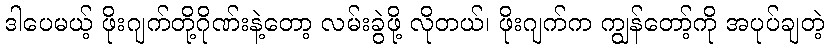
ဒါပေမယ့် ဖိုးဂျက်တို့ဂိုဏ်းနဲ့တော့ လမ်းခွဲဖို့ လိုတယ်၊ ဖိုးဂျက်က ကျွန်တော့်ကို အပုပ်ချတဲ့